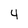
Character: 4